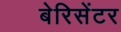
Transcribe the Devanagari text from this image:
बेरिसेंटर